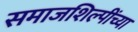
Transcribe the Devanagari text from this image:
समाजशिल्पींच्या